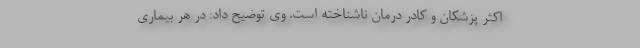
اکثر پزشکان و کادر درمان ناشناخته است. وی توضیح داد: در هر بیماری